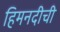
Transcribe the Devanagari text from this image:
हिमनदीची